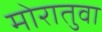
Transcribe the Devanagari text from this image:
मोरातुवा